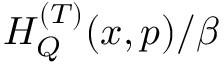
H _ { Q } ^ { ( T ) } ( x , p ) / \beta